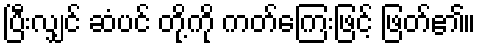
ပြီးလျှင် ဆံပင် တို့ကို ကတ်ကြေးဖြင့် ဖြတ်၏။